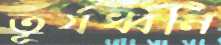
তূর্যধ্বনি